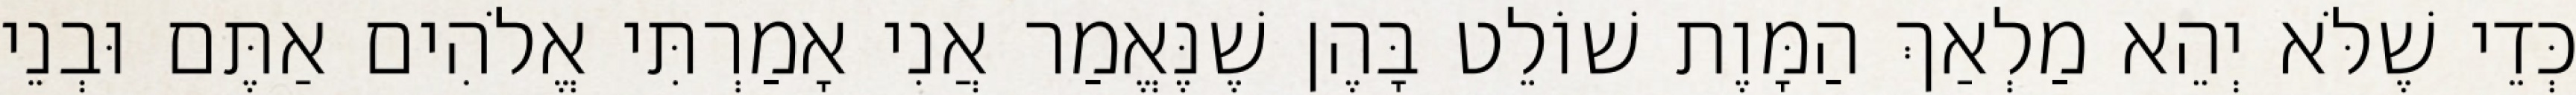
כְּדֵי שֶׁלֹּא יְהֵא מַלְאַךְ הַמָּוֶת שׁוֹלֵט בָּהֶן שֶׁנֶּאֱמַר אֲנִי אָמַרְתִּי אֱלֹהִים אַתֶּם וּבְנֵי